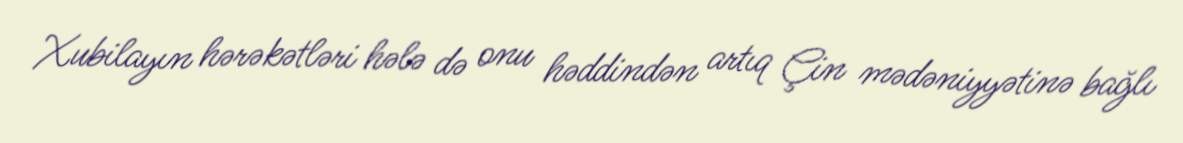
Xubilayın hərəkətləri hələ də onu həddindən artıq Çin mədəniyyətinə bağlı